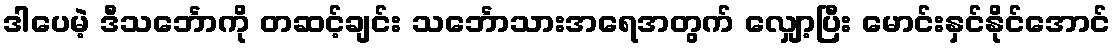
ဒါပေမဲ့ ဒီသင်္ဘောကို တဆင့်ချင်း သင်္ဘောသားအရေအတွက် လျှော့ပြီး မောင်းနှင်နိုင်အောင်